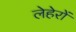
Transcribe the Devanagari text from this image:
लेहेरों